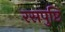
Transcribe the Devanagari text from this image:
रसपुष्टि